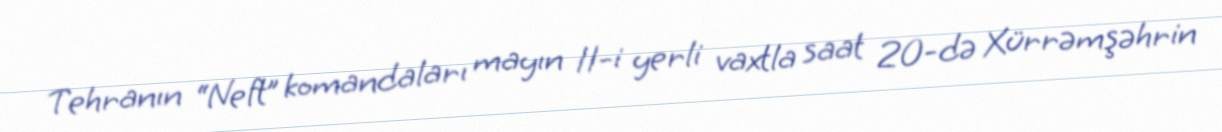
Tehranın “Neft” komandaları mayın 11-i yerli vaxtla saat 20-də Xürrəmşəhrin